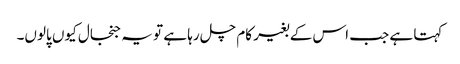
کہتا ہے جب اس کے بغیر کام چل رہا ہے تو یہ جنجال کیوں پالوں۔